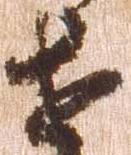
せ